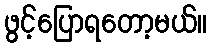
ဖွင့်ပြောရတော့မယ်။